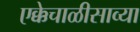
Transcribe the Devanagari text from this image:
एक्केचाळीसाव्या